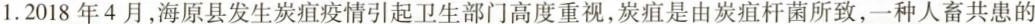
1. 2018年4月，海原县发生炭疽疫情引起卫生部门高度重视，炭疽是由炭疽杆菌所致，一种人畜共患的